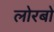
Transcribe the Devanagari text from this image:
लोरबो